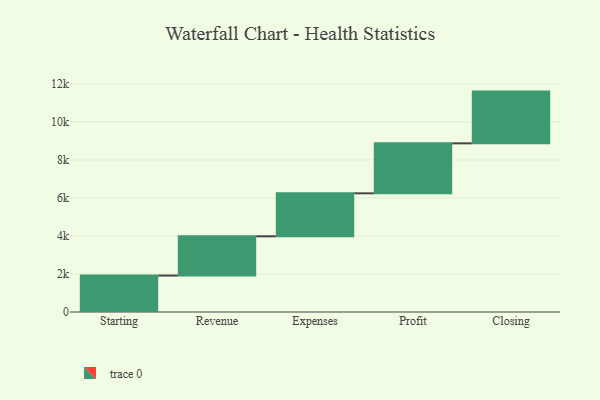
{"axis": {"x": "Step", "y": "Value"}, "legend": [""], "data": [{"x": "Starting", "y": 1917.0, "type": ""}, {"x": "Revenue", "y": 2064.0, "type": ""}, {"x": "Expenses", "y": 2261.0, "type": ""}, {"x": "Profit", "y": 2628.0, "type": ""}, {"x": "Closing", "y": 2722.0, "type": ""}]}